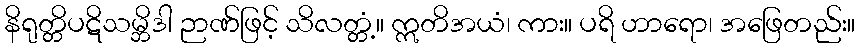
နိရုတ္တိပဋိသမ္ဘိဒါ ဉာဏ်ဖြင့် သိလတ္တံ့။ ဣတိအယံ၊ ကား။ ပရိ ဟာရော၊ အဖြေတည်း။